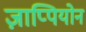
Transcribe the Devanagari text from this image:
ज़ाप्पियोन